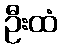
ဦးထံ